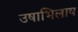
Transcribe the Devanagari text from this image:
उषाभिलाष